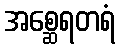
အစ္ဆေရတရံ